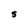
Character: S